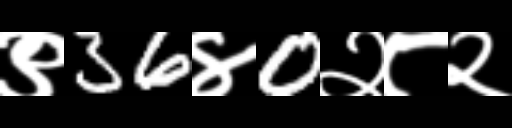
Text: ९36४0२८२